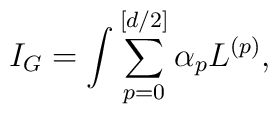
I_{G}=\int \sum_{p=0}^{[d/2]}\alpha _{p}L^{(p)},